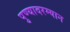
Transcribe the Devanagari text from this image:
पुण्यादरम्यान